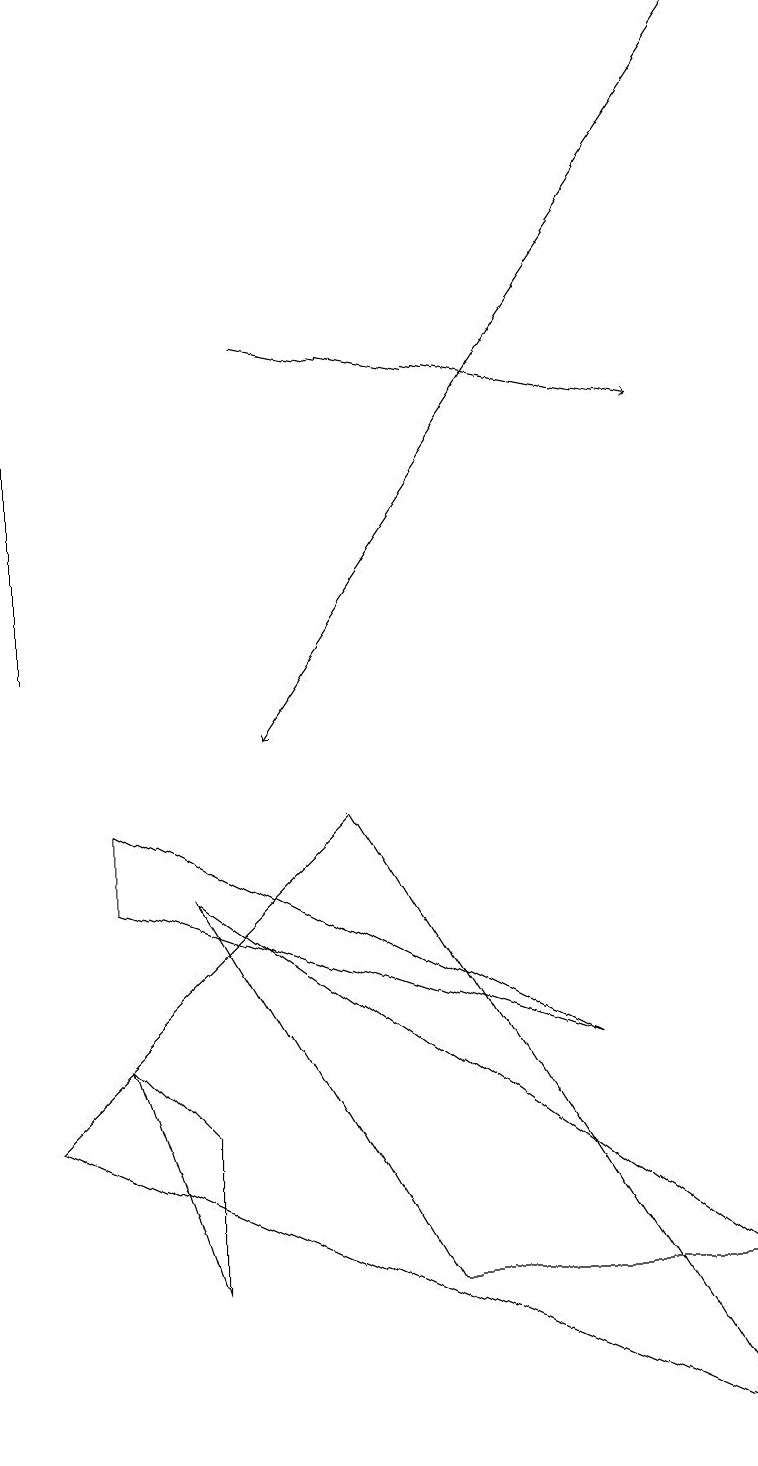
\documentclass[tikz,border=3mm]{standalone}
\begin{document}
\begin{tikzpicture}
\draw[->] (3,15) -- (8,14);
\draw[->] (0,11) -- (0,19);
\draw[->] (9,19) -- (3,10);
\draw (4,9) -- (9,1) -- (0,5) -- cycle;
\draw (1,9) -- (7,6) -- (1,8) -- cycle;
\draw (1,6) -- (2,5) -- (2,3) -- cycle;
\draw (2,8) -- (5,3) -- (9,3) -- cycle;
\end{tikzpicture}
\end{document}